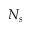
N _ { s }